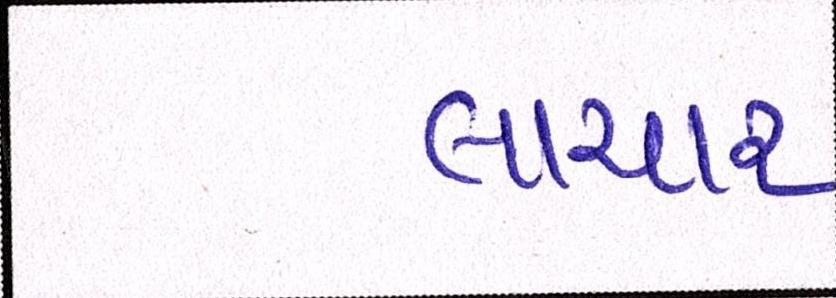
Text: લાચાર